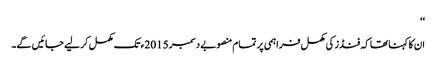
‘‘
ان کا کہنا تھا کہ فنڈز کی مکمل فراہمی پر تمام منصوبے دسمبر 2015ء تک مکمل کر لیے جائیں گے۔